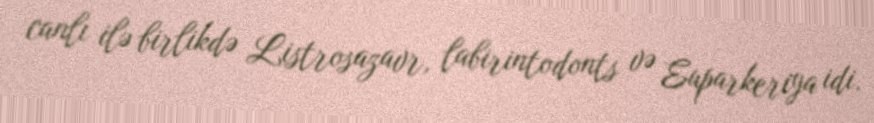
canlı ilə birlikdə Listrosazavr, labirintodonts və Euparkeriya idi.